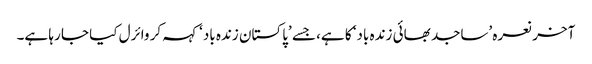
آخر نعرہ ’ساجد بھائی زندہ باد‘ کا ہے، جسے ’پاکستان زندہ باد‘ کہہ کر وائرل کیا جا رہا ہے۔